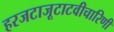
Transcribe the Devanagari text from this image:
हरजटाजूटाटवीचारिणी